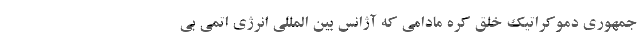
جمهوری دموکراتیک خلق کره مادامی که آژانس بین المللی انرژی اتمی بی